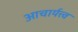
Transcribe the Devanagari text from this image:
आचार्यत्त्व